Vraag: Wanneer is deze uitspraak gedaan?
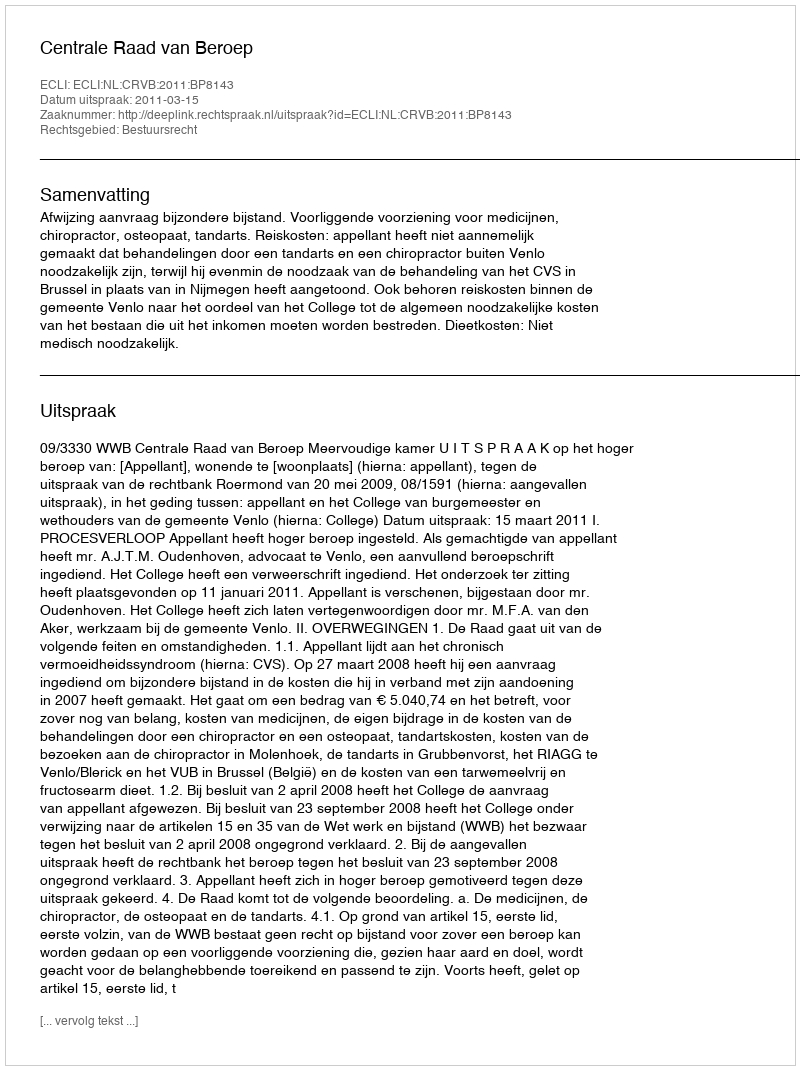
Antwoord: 2011-03-15